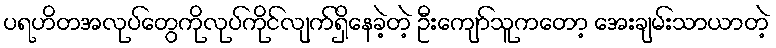
ပရဟိတအလုပ်တွေကိုလုပ်ကိုင်လျက်ရှိနေခဲ့တဲ့ ဦးကျော်သူကတော့ အေးချမ်းသာယာတဲ့